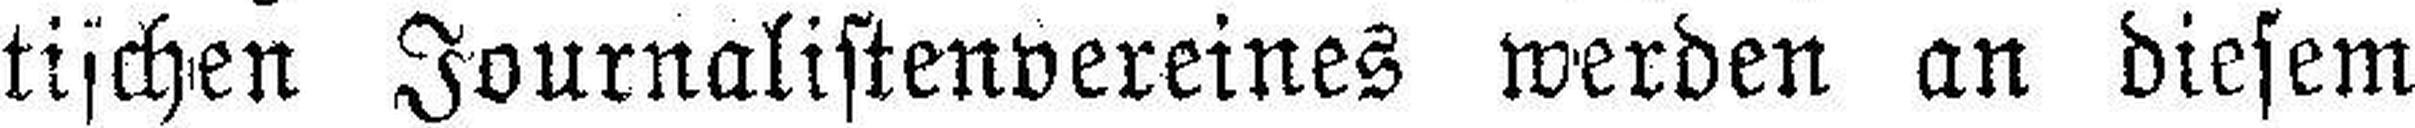
tischen Journalistenvereines werden an diesem